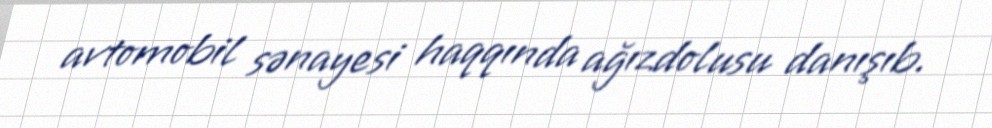
avtomobil sənayesi haqqında ağızdolusu danışıb.